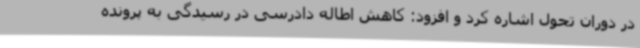
در دوران تحول اشاره کرد و افزود: کاهش اطاله دادرسی در رسیدگی به پرونده